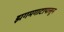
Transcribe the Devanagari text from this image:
झगमगाटापासून